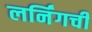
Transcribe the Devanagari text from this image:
लर्निंगची